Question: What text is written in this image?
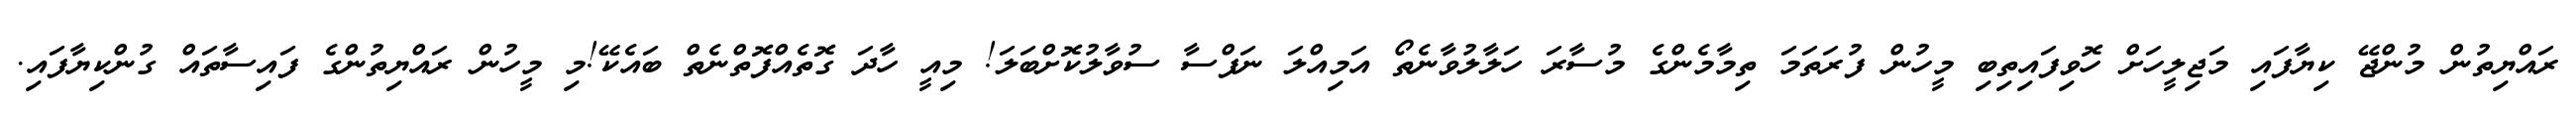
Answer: ރައްޔިތުން މުންޖޭ ކިޔާފައި މަޖިލީހަށް ހޮވިފައިތިބި މީހުން ފުރަތަމަ ތިމާމެންގެ މުސާރަ ހަލާލުވާނެތޯ އަމިއްލަ ނަފްސާ ސުވާލުކޮށްބަލަ! މިއީ ހާދަ ގޮތެއްފޮތްނެތް ބައެކޭ!މި މީހުން ރައްޔިތުންގެ ފައިސާތައް ގުންކިޔާފައި.